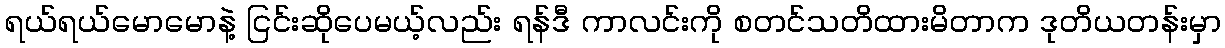
ရယ်ရယ်မောမောနဲ့ ငြင်းဆိုပေမယ့်လည်း ရန်ဒီ ကာလင်းကို စတင်သတိထားမိတာက ဒုတိယတန်းမှာ